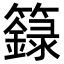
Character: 籙